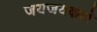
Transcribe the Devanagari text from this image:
जयजयकारे